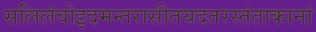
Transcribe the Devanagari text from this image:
सलिलंवोइदमन्तरासीतयदतरस्तंताकानां